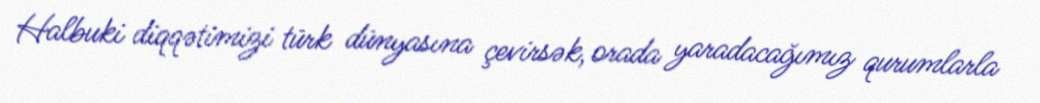
Halbuki diqqətimizi türk dünyasına çevirsək, orada yaradacağımız qurumlarla